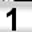
Digit: 1